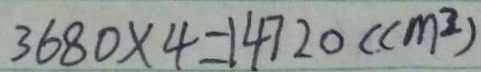
3 6 8 0 \times 4 = 1 4 7 2 0 ( c m ^ { 3 } )